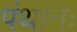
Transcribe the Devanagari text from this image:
पंथानः